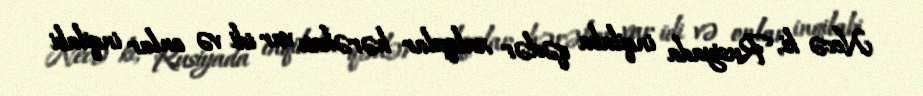
Necə ki, Rusiyada inqilaba qədər xalqçılar hərəkatı var idi və onlar inqilabi